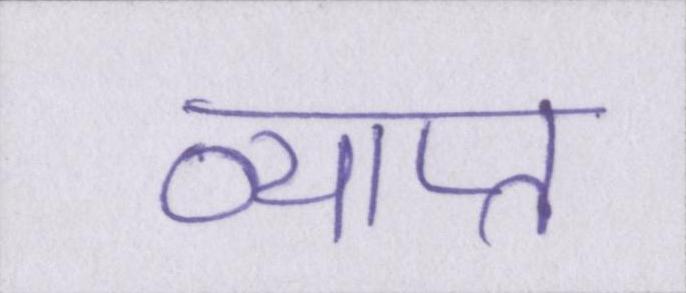
व्याप्त